Indian journal of veterinary science and animal husbandry - Volume 13,
Year: 1943
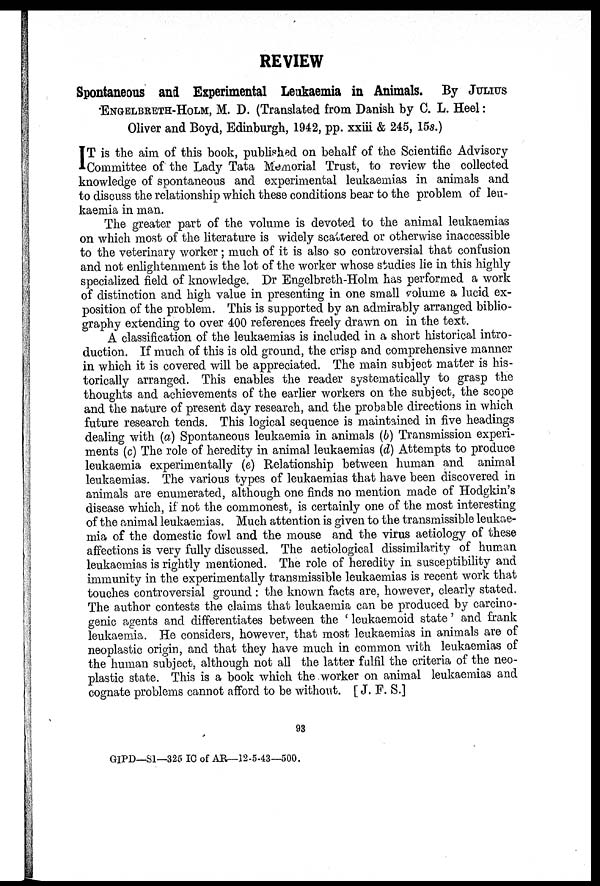
REVIEW
Spontaneous and Experimental Leukaemia in Animals. By JULIUS
ENGELBRETH-HOLM, M. D. (Translated from Danish by C. L. Heel:
Oliver and Boyd, Edinburgh, 1942, pp. xxiii & 245, 15s.)
I T is the aim of this book, published on behalf of the Scientific Advisory
Committee of the Lady Tata Memorial Trust, to review the collected
knowledge of spontaneous and experimental leukaemias in animals and
to discuss the relationship which these conditions bear to the problem of leu-
kaemia in man.
The greater part of the volume is devoted to the animal leukaemias
on which most of the literature is widely scattered or otherwise inaccessible
to the veterinary worker; much of it is also so controversial that confusion
and not enlightenment is the lot of the worker whose studies lie in this highly
specialized field of knowledge. Dr Engelbreth-Holm has performed a work
of distinction and high value in presenting in one small volume a lucid ex-
position of the problem. This is supported by an admirably arranged biblio-
graphy extending to over 400 references freely drawn on in the text.
A classification of the leukaemias is included in a short historical intro-
duction. If much of this is old ground, the crisp and comprehensive manner
in which it is covered will be appreciated. The main subject matter is his-
torically arranged. This enables the reader systematically to grasp the
thoughts and achievements of the earlier workers on the subject, the scope
and the nature of present day research, and the probable directions in which
future research tends. This logical sequence is maintained in five headings
dealing with (a) Spontaneous leukaemia in animals (b) Transmission experi-
ments (c) The role of heredity in animal leukaemias (d) Attempts to produce
leukaemia experimentally (e) Relationship between human and animal
leukaemias. The various types of leukaemias that have been discovered in
animals are enumerated, although one finds no mention made of Hodgkin's
disease which, if not the commonest, is certainly one of the most interesting
of the animal leukaemias. Much attention is given to the transmissible leukae-
mia of the domestic fowl and the mouse and the virus aetiology of these
affections is very fully discussed. The aetiological dissimilarity of human
leukaemias is rightly mentioned. The role of heredity in susceptibility and
immunity in the experimentally transmissible leukaemias is recent work that
touches controversial ground : the known facts are, however, clearly stated.
The author contests the claims that leukaemia can be produced by carcino-
genic agents and differentiates between the ' leukaemoid state' and frank
leukaemia. He considers, however, that most leukaemias in animals are of
neoplastic origin, and that they have much in common with leukaemias of
the human subject, although not all the latter fulfil the criteria of the neo-
plastic state. This is a book which the worker on animal leukaemias and
cognate problems cannot afford to be without. [ J. F. S.]
93
GIPD—Sl—325 IC of AR—12-5-43—500.